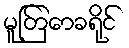
မူတြော်ခရိုင်